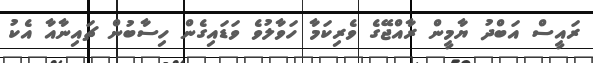
ރައީސް އަބްދު ޔާމީން ރާއްޖޭގެ ވެރިކަމާ ހަވާލުވެ ވަޑައިގެން ހިސާބުން ޗައިނާއާ އެކު